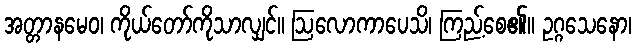
အတ္တာနမေဝ၊ ကိုယ်တော်ကိုသာလျှင်။ ဩလောကာပေသိ၊ ကြည့်စေ၏။ ဥဂ္ဂသေနော၊